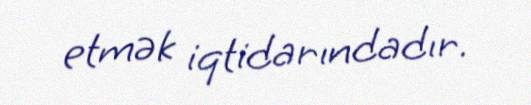
etmək iqtidarındadır.